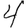
Digit: 4